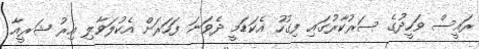
ރައީސް ވަހީދުގެ ސަރުކާރުގައި ފިގުހު އެކަޑަމީ ދެވަނަ ފަހަރަށް އެކުލަވާލި އިރު ޝަރީއާ